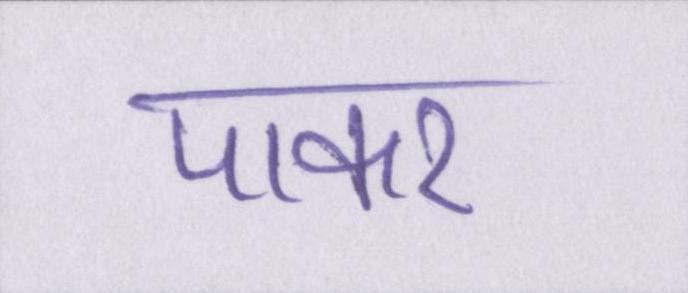
पाकर